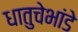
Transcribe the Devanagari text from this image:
धातुचेभांडे